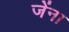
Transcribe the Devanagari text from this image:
जेंना